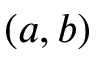
( a , b )